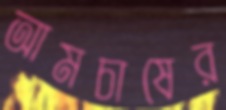
আমচাষের